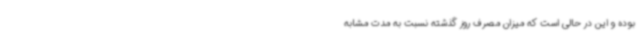
بوده و این در حالی است که میزان مصرف روز گذشته نسبت به مدت مشابه